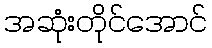
အဆုံးတိုင်အောင်